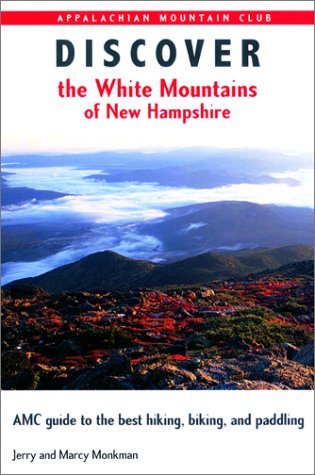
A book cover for Discover the White Mountains of New Hampshire: A Guide to the Best Hiking, Biking and Paddling; Jerry Monkman; Travel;